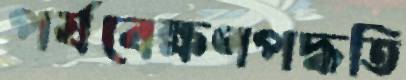
পর্যবেক্ষণপদ্ধতি